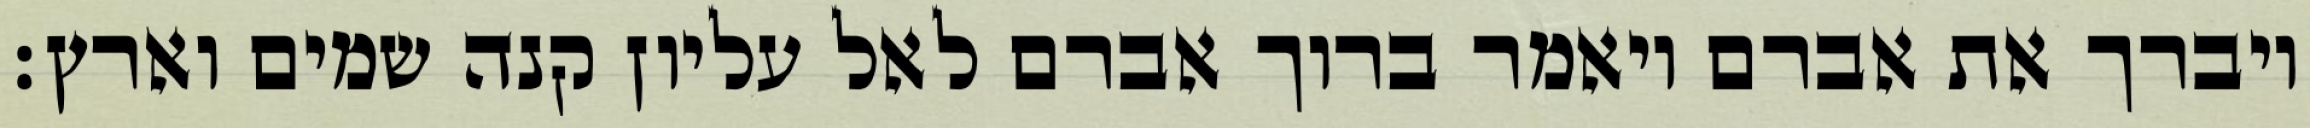
ויברך את אברם ויאמר ברוך אברם לאל עליון קנה שמים וארץ׃